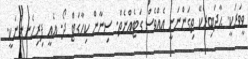
ވީވަރަކީ. ޙާދަބިރެކޭ ތިގަންނަނީ އެއްވެސް ގަޓެއްނެތް. ސިނާން ކިހާގަޓް ދޯ. އެއީ ފިރިހެނުންނަކީ.